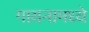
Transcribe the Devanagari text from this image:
गायनामध्ये